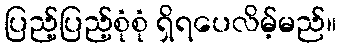
ပြည့်ပြည့်စုံစုံ ရှိရပေလိမ့်မည်။